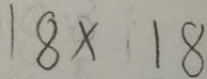
1 8 x \cdot 1 8